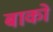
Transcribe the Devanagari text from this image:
बाको